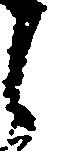
之